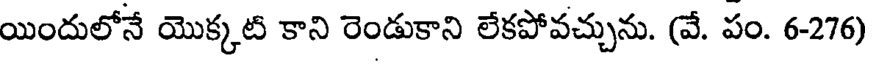
యిందులోనే యొక్కటి కాని రెండుకాని లేకపోవచ్చును. (వే. పం. 6-276)